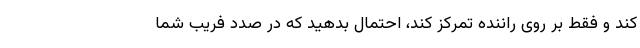
کند و فقط بر روی راننده تمرکز کند، احتمال بدهید که در صدد فریب شما